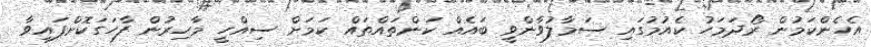
އެހެންކަމުން ރޯދަމަހު ކެއުމުގައި ސަމާލުވާންވީ ބައެއް ކަންތައްތައް ކަމަށް ސިއްހީ މާހިރުން ފާހަގަކޮށްފައިވާ